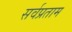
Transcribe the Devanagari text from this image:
सर्वप्रताम